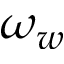
\omega _ { w }